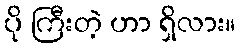
ပို ကြီးတဲ့ ဟာ ရှိလား။